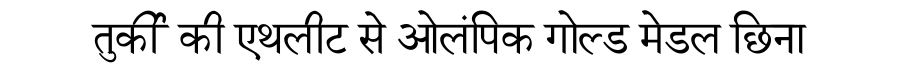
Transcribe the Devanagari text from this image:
तुर्की की एथलीट से ओलंपिक गोल्ड मेडल छिना